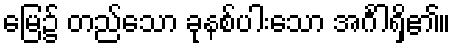
မြေ၌ တည်သော ခုနစ်ပါးသော အင်္ဂါရှိ၏။